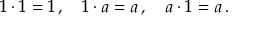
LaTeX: \textstyle 1 \cdot 1 = 1 \, , \quad 1 \cdot a = a \, , \quad a \cdot 1 = a \, .